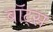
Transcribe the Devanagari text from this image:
बॉट्स